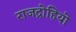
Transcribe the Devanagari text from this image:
राजद्रोहियो